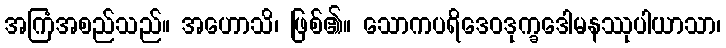
အကြံအစည်သည်။ အဟောသိ၊ ဖြစ်၏။ သောကပရိဒေဝဒုက္ခဒေါမနဿုပါယာသာ၊